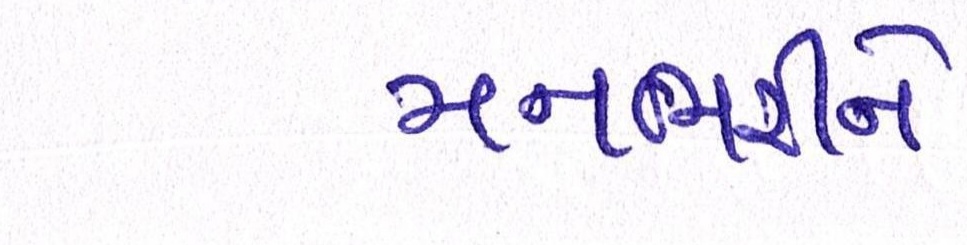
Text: મનભરીને